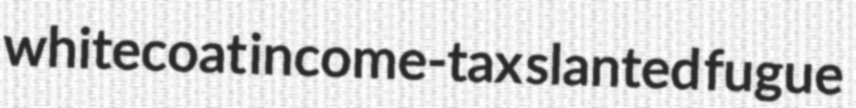
whitecoat income-tax slanted fugue